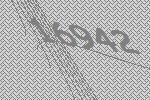
16942